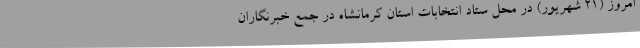
امروز (21 شهریور) در محل ستاد انتخابات استان کرمانشاه در جمع خبرنگاران